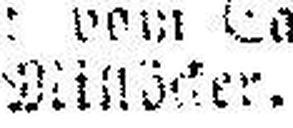
Millöcker.